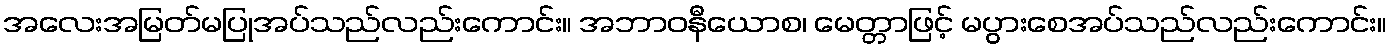
အလေးအမြတ်မပြုအပ်သည်လည်းကောင်း။ အဘာဝနီယောစ၊ မေတ္တာဖြင့် မပွားစေအပ်သည်လည်းကောင်း။